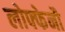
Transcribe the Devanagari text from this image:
लोफ्फेनौ